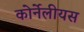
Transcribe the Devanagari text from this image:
कोर्नेलीयस